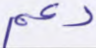
دعم